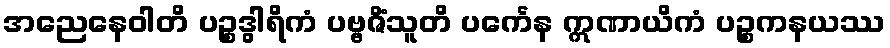
အညေနေဝါတိ ပဉ္စဒွါရိကံ ပဗ္ဗဇိံသူတိ ပင်္ကေန ဣဏာယိကံ ပဉ္စကနယဿ